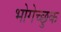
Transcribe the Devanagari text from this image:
भोगेच्छुक